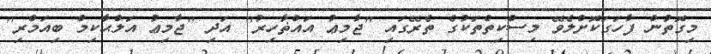
މިގޮތުން ފާހަގަކޮށްލެވޭ މިސްކިތްތަކުގެ ތެރޭގައި ''ޖާމިޢު އައްޡާހިރު'' އަދި ''ޖާމިޢު އަލްޙާކިމް ބިއަމްރި''